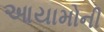
આયામોની